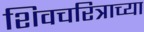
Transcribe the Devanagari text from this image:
शिवचरित्राच्या